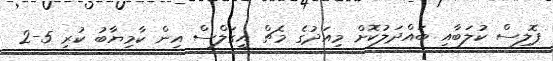
ޕޮލިސް ކުލަބާއި ބައްދަލުކޮށް މިއަދުގެ މެޗް އީގަލްސް އިން ކާމިޔާބު ކުރި 5-2